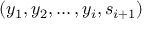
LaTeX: ( y _ { 1 } , y _ { 2 } , \dots , y _ { i } , s _ { i + 1 } )